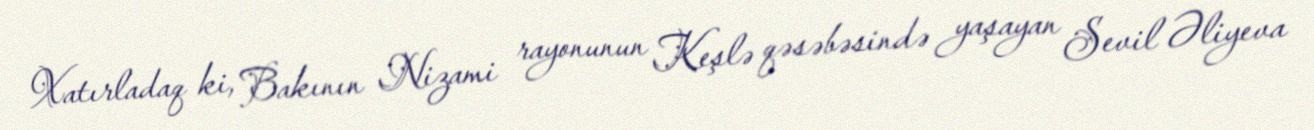
Xatırladaq ki, Bakının Nizami rayonunun Keşlə qəsəbəsində yaşayan Sevil Əliyeva